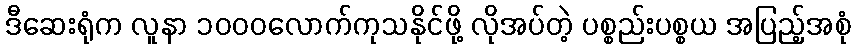
ဒီဆေးရုံက လူနာ ၁၀၀၀လောက်ကုသနိုင်ဖို့ လိုအပ်တဲ့ ပစ္စည်းပစ္စယ အပြည့်အစုံ